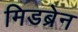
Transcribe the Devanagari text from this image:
मिडब्रेन